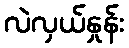
လဲလှယ်နှုန်း